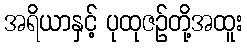
အရိယာနှင့် ပုထုဇဉ်တို့အထူး